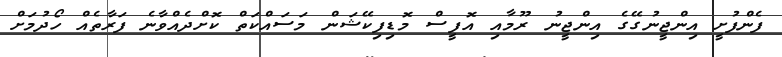
ފެންފުށީ އިންޖީނުގޭގެ އިންޖީނު ރޫމާއި އޮފީސް މޮޑިފިކޭޝަން މަސައްކަތް ކޮށްދެއްވާނެ ފަރާތެއް ހޯދުމަށް